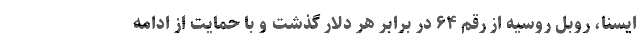
ایسنا، روبل روسیه از رقم ۶۴ در برابر هر دلار گذشت و با حمایت از ادامه